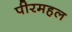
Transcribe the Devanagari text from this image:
पीरमहल